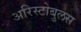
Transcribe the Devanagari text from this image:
अरिस्टोबुलस